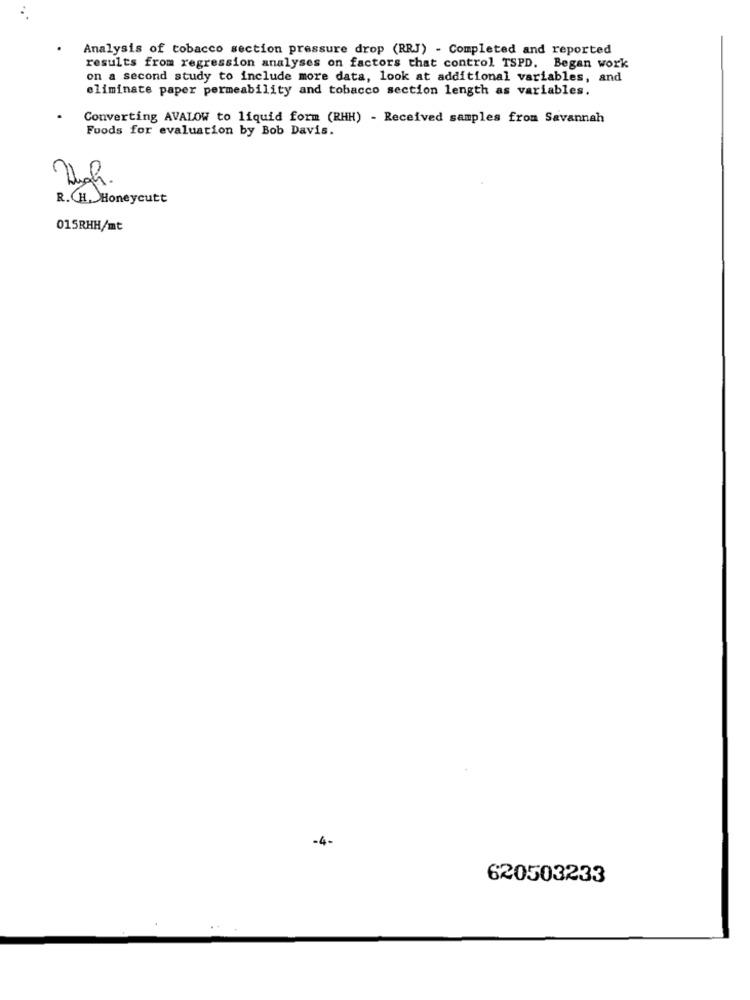
Analysis of tobacco section pressure drop (RRJ) - Completed and reported
results from regression analyses on factors that control TSPD. Began work
on a second study to include more data, look at additional variables, and
eliminate paper permeability and tobacco section length as variables.
Converting AVALOW to liquid form (RHH) - Received samples from Savannah
Foods for evaluation by Bob Davis.
Wigh.
R. H. )Honeycutt
015RHH/mt
-4-
620503233